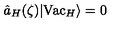
\hat { a } _ { H } ( \zeta ) \vert \mathrm { V a c } _ { H } \rangle = 0